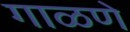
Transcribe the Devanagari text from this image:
गाळणे